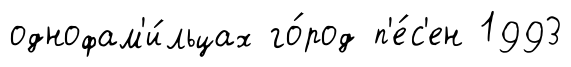
однофам'и́льцах го́род п'е́с'ен 1993